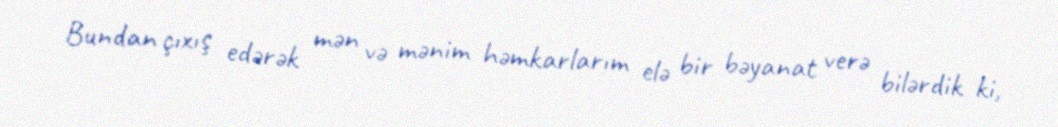
Bundan çıxış edərək mən və mənim həmkarlarım elə bir bəyanat verə bilərdik ki,